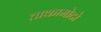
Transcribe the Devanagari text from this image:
ताकामोटो